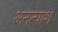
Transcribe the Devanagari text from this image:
अनत्याश